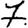
Digit: 7